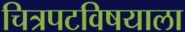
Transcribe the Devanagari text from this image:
चित्रपटविषयाला